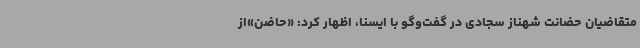
متقاضیان حضانت شهناز سجادی در گفت‌وگو با ایسنا، اظهار کرد: «حاضن»از